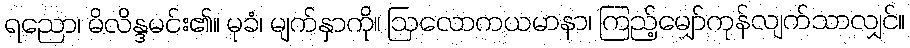
ရညော၊ မိလိန္ဒမင်း၏။ မုခံ၊ မျက်နှာကို။ ဩလောကယမာနာ၊ ကြည့်မျှော်ကုန်လျက်သာလျှင်။